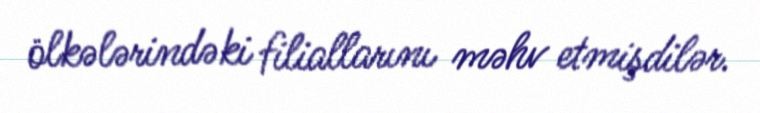
ölkələrindəki filiallarını məhv etmişdilər.